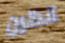
انظرن